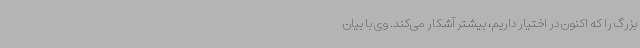
بزرگ را که اکنون در اختیار داریم، بیشتر آشکار می‌کند. وی با بیان